Indian journal of veterinary science and animal husbandry - Volume 10,
Year: 1940
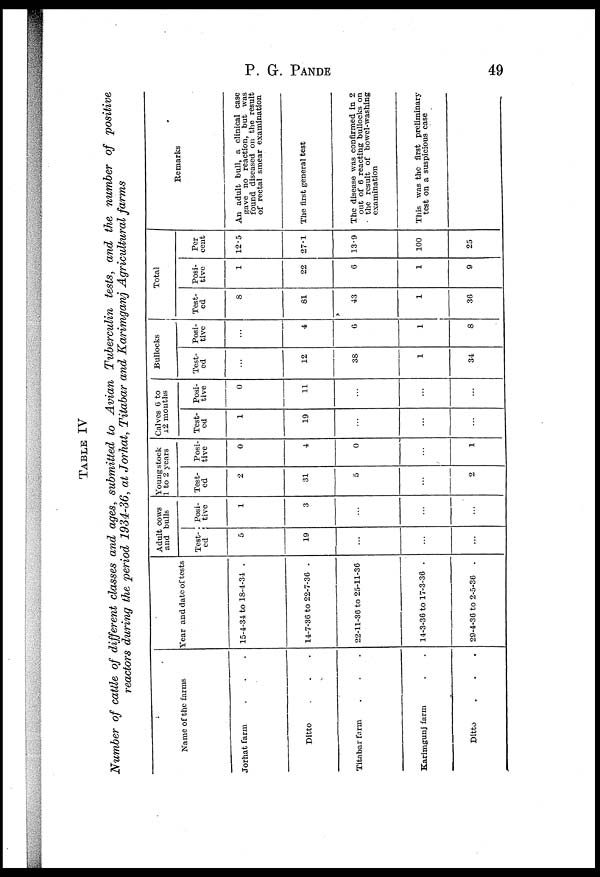
P. G.
PANDE
49
TABLE IV
Number of cattle of different classes and ages, submitted to Avian
Tuberculin
tests, and the number of positive
reactors during the period 1934-36, at Jorhat, Titabar and Karimganj Agricultural
farms
Name of the farms
Jorhat farm . . .
Ditto . . .
Titabar farm . . .
Karimgunj farm . .
Ditto . . .
Year and date of tests
15-4-34 to 18-4-34 .
14-7-36 to 22-7-36 .
22-11-36 to 25-11-36
14-3-36 to 17-3-36 .
29-4-36 to 2-5-36 .
Adult cows
and bulls
Test-
ed
5
19
...
...
...
Posi¬
tive
1
3
...
...
...
Young stock
1 to 2 years
Test-
ed
2
31
5
...
2
Posi-
tive
0
4
0
...
1
Calves 6 to
12 months
Test-
ed
1
19
...
...
...
Posi-
tive
0
11
...
...
...
Bullocks
Test-
ed
...
12
38
1
34
Posi-
tive
...
4
6
1
8
Total
Test-
ed
8
81
43
1
36
Posi-
tive
1
22
6
1
9
Per
cent
12.5
27.1
13.9
100
25
Remarks
An adult bull, a clinical case
gave no reaction, but was
found diseased on the result
of rectal smear examination
The first general test
The disease was confirmed in 2
out of 6 reacting bullocks on
the result of bowel-washing
examination
This was the first preliminary
test on a suspicious case